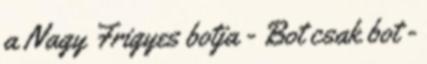
a Nagy Frigyes botja - Bot csak bot -